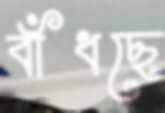
বাঁধছে